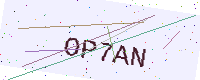
Text: OP7AN